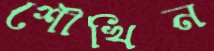
শৌখিন